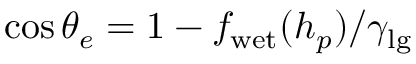
\cos \theta _ { e } = 1 - f _ { \mathrm { w e t } } ( h _ { p } ) / \gamma _ { \mathrm { l g } }